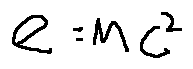
e = m c ^ { 2 }